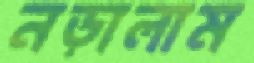
নড়ালাম